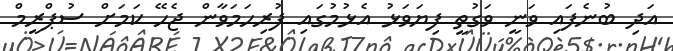
އަދި ބުނެފައި ވަނީ ވަގުތީ ފިޔަވަޅު އެޅުމުގައި ފުރިހަމަވާން ޖެހޭ ކަމަށް ސުޕްރީމް